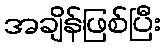
အချိန်ဖြစ်ပြီး